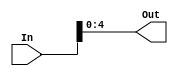
`timescale 1ns / 1ps
//////////////////////////////////////////////////////////////////////////////////
// Company: 
// Engineer: 
// 
// Design Name: 
// Module Name:    bitLowerer 
// Project Name: 
// Target Devices: 
// Tool versions: 
// Description: 
//
// Dependencies: 
//
// Revision: 
// Revision 0.01 - File Created
// Additional Comments: 
//
//////////////////////////////////////////////////////////////////////////////////
module bitLowerer(
    input [31:0] In,
    output [4:0] Out
    );
	assign Out = In[4:0];
	
endmodule